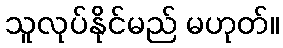
သူလုပ်နိုင်မည် မဟုတ်။